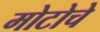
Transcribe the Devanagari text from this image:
मोटोचे